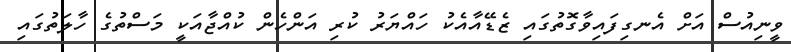
ވީނިއުސް އަށް އެނގިފައިވާގޮތުގައި ޒެޑޭއާއެކު ހައްޔަރު ކުރި އަންހެން ކުއްޖާއަކީ މަސްތުގެ ހާލަތުގައި